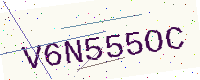
Text: V6N555OC